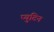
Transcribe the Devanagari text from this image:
प्युटिन